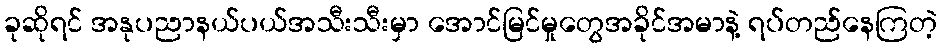
ခုဆိုရင် အနုပညာနယ်ပယ်အသီးသီးမှာ အောင်မြင်မှုတွေအခိုင်အမာနဲ့ ရပ်တည်နေကြတဲ့